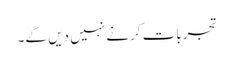
تجربات کرنے نہیں دیں گے۔